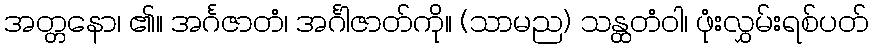
အတ္တနော၊ ၏။ အင်္ဂဇာတံ၊ အင်္ဂါဇာတ်ကို။ (သာမည) သန္ထတံဝါ၊ ဖုံးလွှမ်းရစ်ပတ်